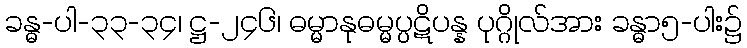
ခန္ဓ-ပါ-၃၃-၃၄၊ ဋ္ဌ-၂၄၆၊ ဓမ္မာနုဓမ္မပ္ပဋိပန္န ပုဂ္ဂိုလ်အား ခန္ဓာ၅-ပါး၌